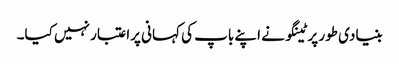
بنیادی طور پر ٹینگو نے اپنے باپ کی کہانی پراعتبار نہیں کیا۔